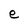
Character: e